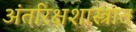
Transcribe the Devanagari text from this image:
अंतरिक्षशास्त्रात